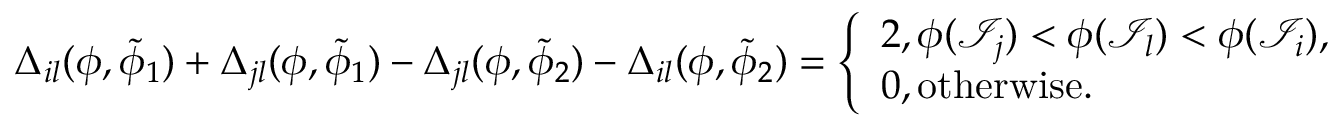
\begin{array} { r } { \Delta _ { i l } ( \phi , \widetilde { \phi } _ { 1 } ) + \Delta _ { j l } ( \phi , \widetilde { \phi } _ { 1 } ) - \Delta _ { j l } ( \phi , \widetilde { \phi } _ { 2 } ) - \Delta _ { i l } ( \phi , \widetilde { \phi } _ { 2 } ) = \left\{ \begin{array} { l l } { 2 , \phi ( \mathcal { I } _ { j } ) < \phi ( \mathcal { I } _ { l } ) < \phi ( \mathcal { I } _ { i } ) , } \\ { 0 , \mathrm { o t h e r w i s e } . } \end{array} \right. } \end{array}